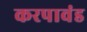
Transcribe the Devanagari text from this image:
करपावंड